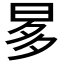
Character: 𣆚